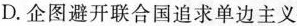
D.企图避开联合国追求单边主义